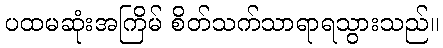
ပထမဆုံးအကြိမ် စိတ်သက်သာရာရသွားသည်။